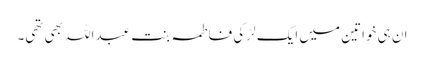
ان ہی خواتین میں ایک لڑکی فاطمہ بنتِ عبداللہ بھی تھی۔